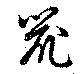
鼠